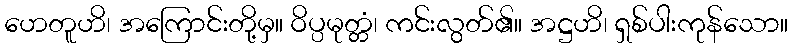
ဟေတူဟိ၊ အကြောင်းတို့မှ။ ဝိပ္ပမုတ္တံ၊ ကင်းလွတ်၏။ အဋ္ဌဟိ၊ ရှစ်ပါးကုန်သော။